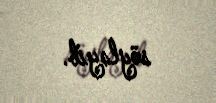
söyləyib.